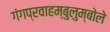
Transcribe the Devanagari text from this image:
गंगप्रवाहम्बुलुम्बोले